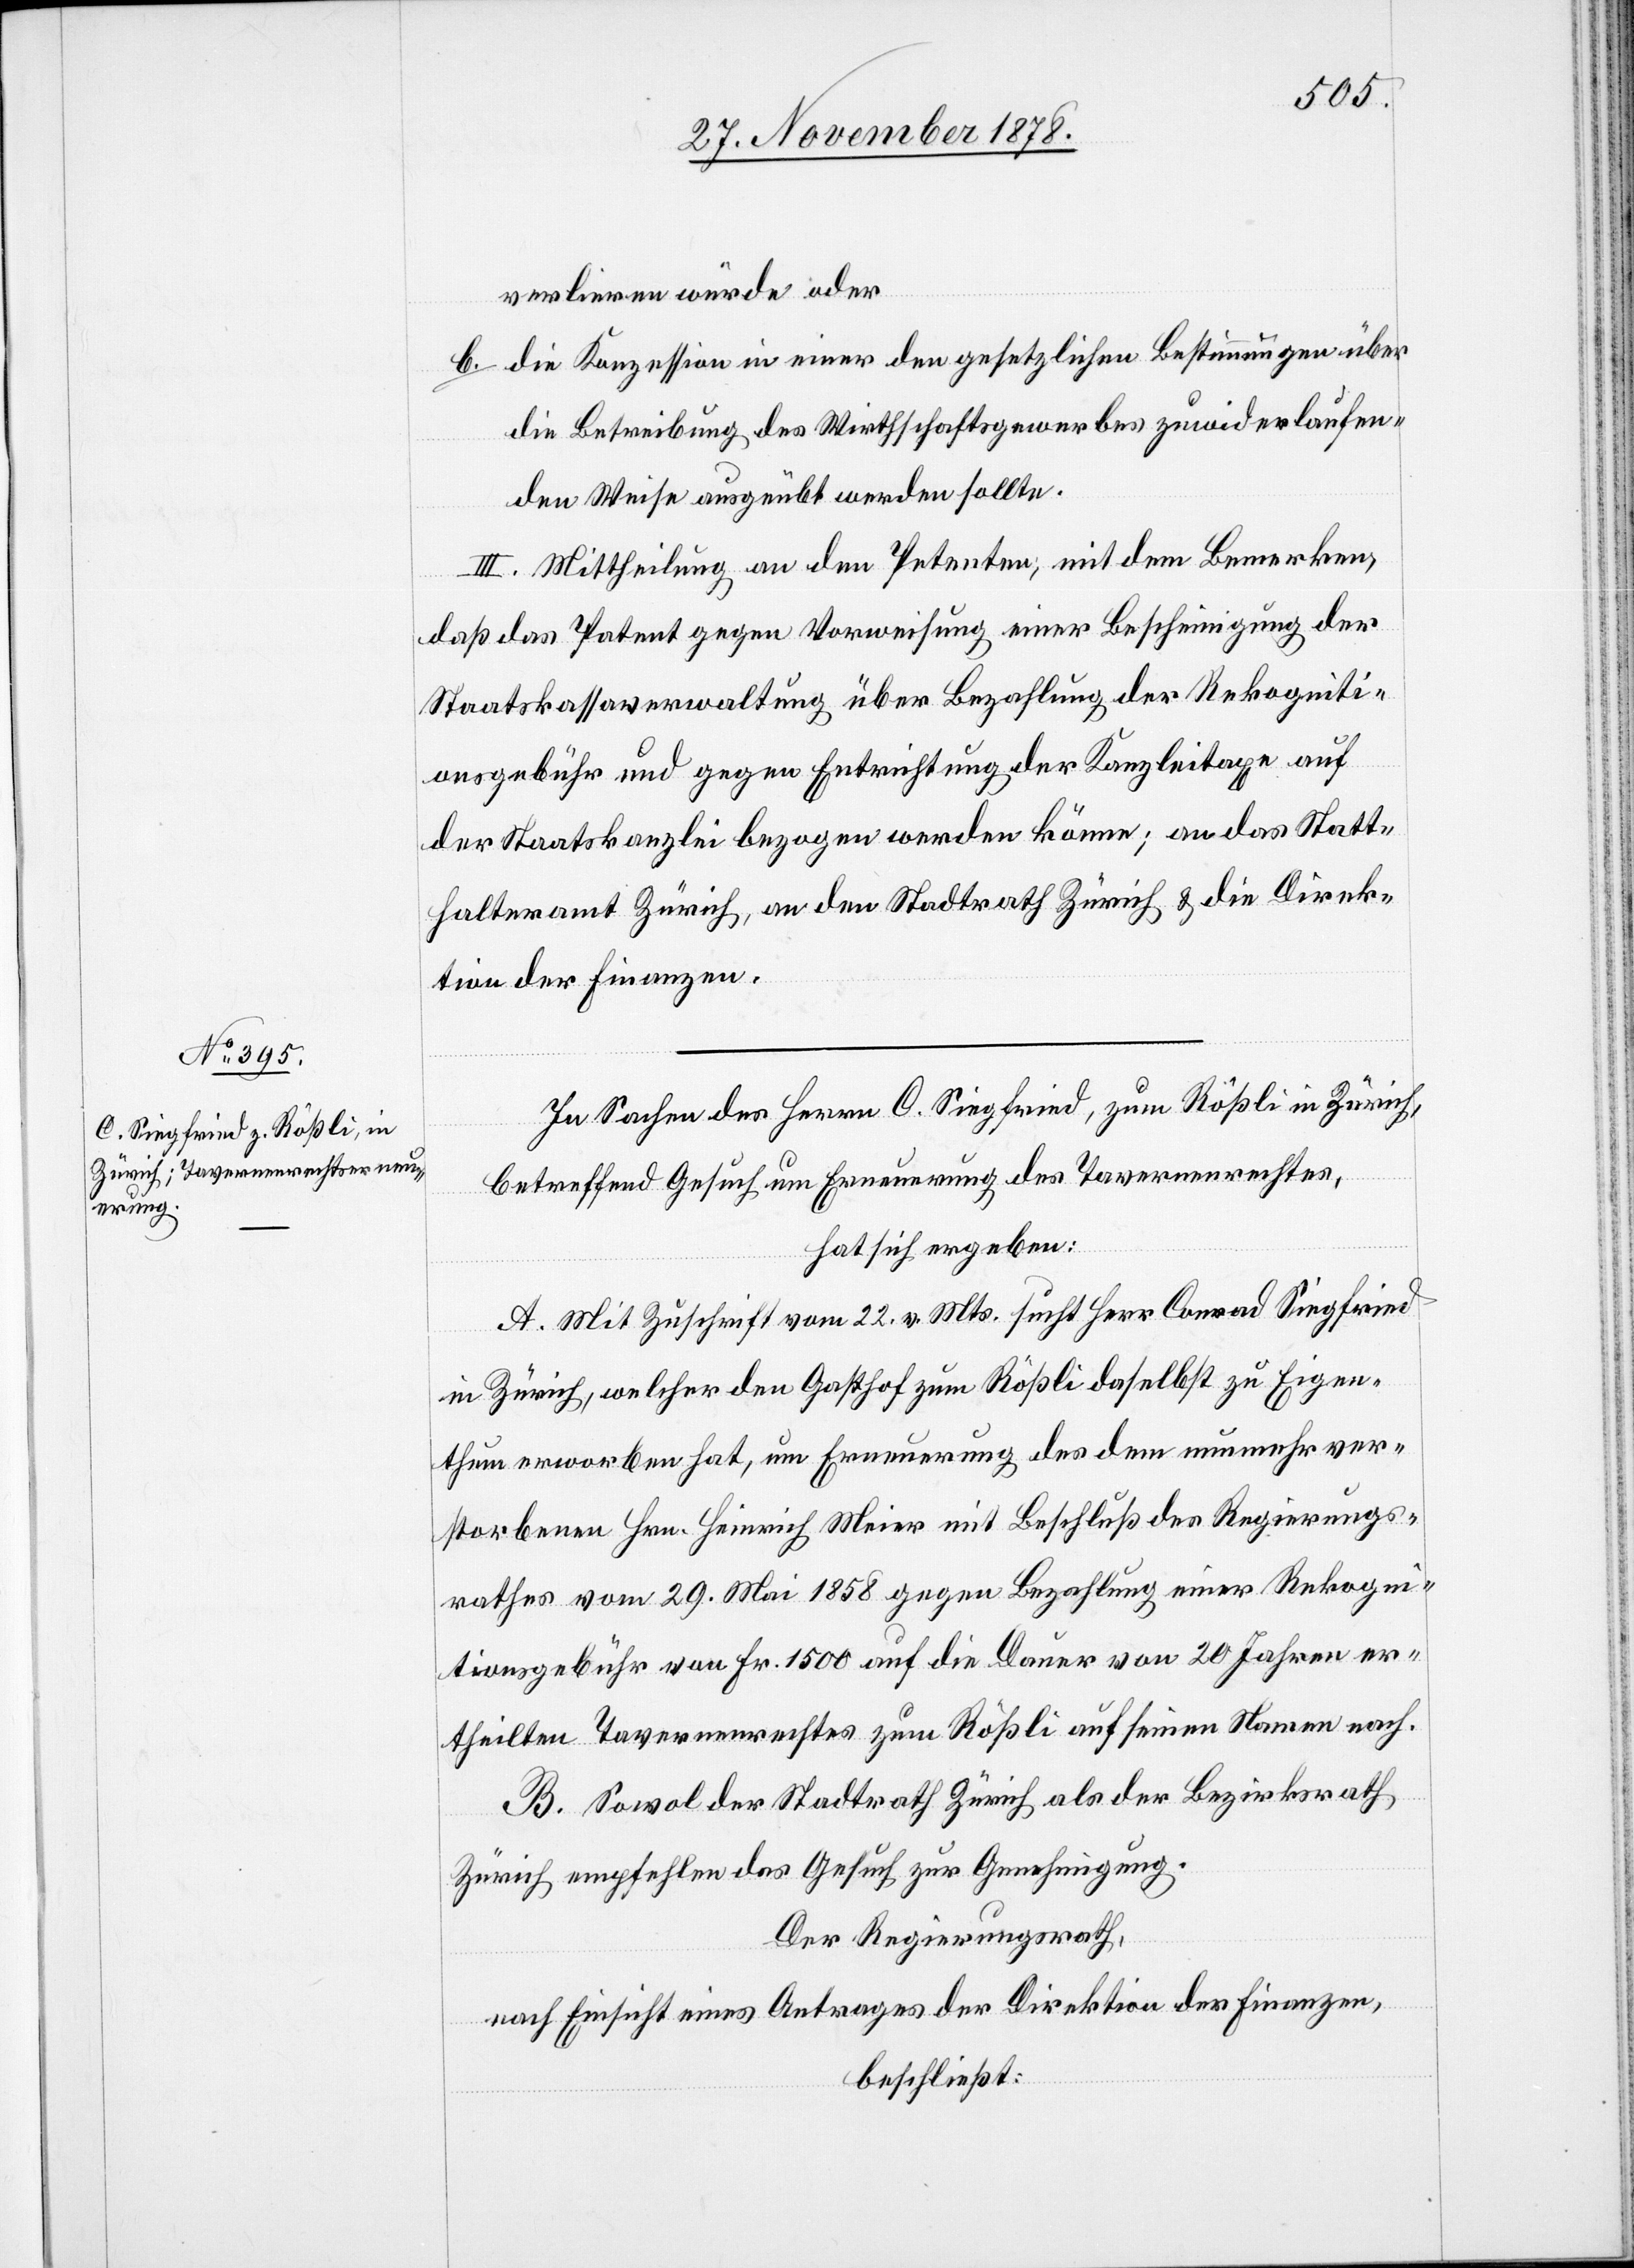
verlieren würde oder
die Konzession in einer den gesetzlichen Bestimmungen über
die Betreibung des Wirthschaftsgewerbes zuwiderlaufen¬
den Weise ausgeübt werden sollte.
III. Mittheilung an den Petenten, mit dem Bemerken,
daß das Patent gegen Vorweisung einer Bescheinigung der
Staatskassaverwaltung über Bezahlung der Rekogniti¬
onsgebühr und gegen Entrichtung der Kanzleitaxe auf
der Staatskanzlei bezogen werden könne; an das Statt¬
halteramt Zürich, an den Stadtrath Zürich & die Direk¬
tion der Finanzen.
In Sachen des Herrn C. Siegfried, zum Rölßli in Zürich,
betreffend Gesuch um Erneuerung des Tavernenrechtes,
hat sich ergeben:
A. Mit Zuschrift vom 22. v. Mts. sucht Herr Conrad Siegfried
in Zürich, welcher den Gasthof zum Rößli daselbst zu Eigen¬
thum erworben hat, um Erneuerung des dem nunmehr ver¬
storbenen Hrn. Heinrich Meier mit Beschluß des Regierungs¬
rathes vom 29. Mai 1858 gegen Bezahlung einer Rekogni¬
tionsgebühr von Fr. 1500 auf die Dauer von 20 Jahren er¬
theilten Tavernenrechtes zum Rößli auf seinen Namen nach.
B. Sowol der Stadtrath Zürich als der Bezirksrath
Zürich empfehlen das Gesuch zur Genehmigung.
Der Regierungsrath,
nach Einsicht eines Antrages der Direktion der Finanzen,
beschließt: